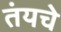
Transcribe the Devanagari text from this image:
तंयचे